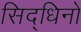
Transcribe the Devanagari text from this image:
सिद्धिनो